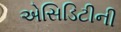
એસિડિટીની